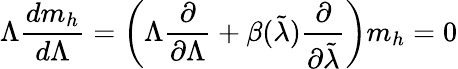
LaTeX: \Lambda\frac{dm_{h}}{d\Lambda}=\left(\Lambda\frac{\partial}{\partial\Lambda}+\beta(\tilde{\lambda})\frac{\partial}{\partial\tilde{\lambda}}\right)m_{h}=0